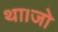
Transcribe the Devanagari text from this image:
था।जो